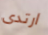
ارتدى